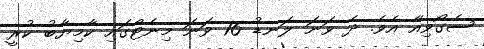
ސެގޯވިއާ އެވެ. ދެ ވަނަ ލަނޑު 16 ވަނަ މިނެޓްގައި ކާމިޔާބު ކުރީ